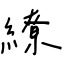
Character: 繚